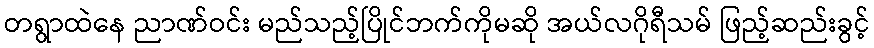
တရွာထဲနေ ညာဏ်ဝင်း မည်သည့်ပြိုင်ဘက်ကိုမဆို အယ်လဂိုရီသမ် ဖြည့်ဆည်းခွင့်